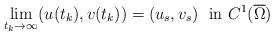
LaTeX: \begin{align*}\lim_{t_k \rightarrow \infty} (u(t_k),v(t_k)) = (u_s,v_s) \ \mbox{ in } C^1(\overline{\Omega})\end{align*}